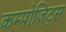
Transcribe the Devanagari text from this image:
कम्पोजिट्स